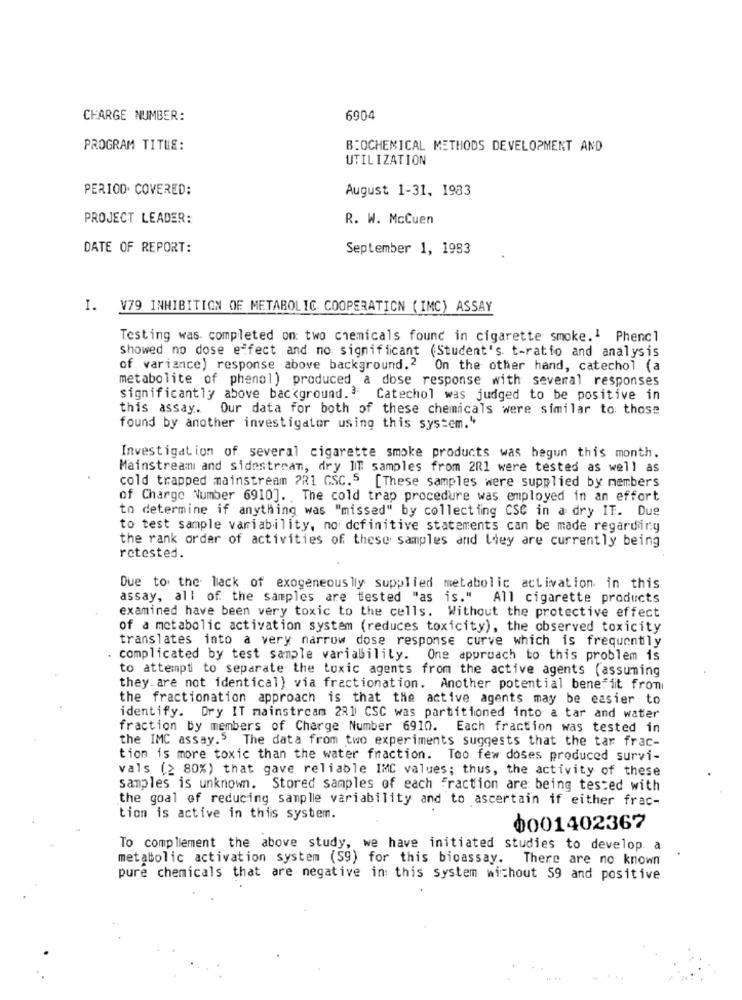
CHARGE NUMBER:
6904
PROGRAM TITLE:
BIOCHEMICAL METHODS DEVELOPMENT AND
UTILIZATION
PERIOD. COVERED:
August 1-31, 1983
PROJECT LEADER:
R. W. McCuen
DATE OF REPORT:
September 1, 1983
I. V79 INHIBITION OF METABOLIC COOPERATION ( IMC) ASSAY
Testing was completed on: two chemicals found in cigarette smoke.1 Phencl
showed no dose effect and no significant (Student's t-ratio and analysis
of variance) response above background.2 On the other hand, catechol (a
metabolite of phenol) produced a dose response with several responses
significantly above background.3:
Catechol was judged to be positive in
this assay. Our data for both of these chemicals were similar to those
found by another investigator using this system."
Investigation of several cigarette smoke products was begun this month.
Mainstream and sidestream, dry IT samples from 201 were tested as well as
cold trapped mainstream ?R1 GSC.5 [These samples were supplied by members
of Charge Number 6910]. . The cold trap procedure was employed in an effort
to determine if anything was "missed" by collecting CSC in a dry IT. Due
to test sample variability, no definitive statements can be made regarding
the rank order of activities of these samples and they are currently being
retested.
Due to the lack of exogeneous lly supplied metabolic activation in this
assay, all of the samples are tested "as is." All cigarette products
examined have been very toxic to the cells. Without the protective effect
of a metabolic activation system (reduces toxicity), the observed toxicity
translates into a very narrow dose response curve which is frequently
complicated by test sample variability. One approach to this problem is
to attempt to separate the toxic agents from the active agents (assuming
they. are not identical) via fractionation. Another potential benefit from
the fractionation approach is that the active agents may be easier to
identify. Dry IT mainstream 221 CSC was partitioned into a tar and water
fraction by members of Charge Number 6910. Each fraction was tested in
the IMC assay.5 The data from two experiments suggests that the tar frac-
tion is more toxic than the water fraction. Too few doses produced survi-
vals (2 80%) that gave reliable IMC values; thus, the activity of these
samples is unknown. Stored samples of each fraction are being tested with
the goal of reducing sample variability and to ascertain if either frac-
tion is active in this system.
0001402367
To complement the above study, we have initiated studies to develop a
metabolic activation system (59) for this bioassay. There are no known
pure chemicals that are negative in this system without 59 and positive